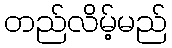
တည်လိမ့်မည်